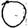
Digit: 0